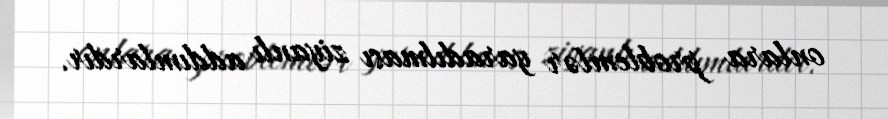
onlara problemlər yaradılması ziyanlı addımlardır.